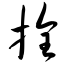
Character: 拴